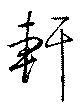
軒